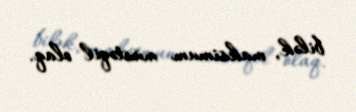
bilək, maksimum müstəqil olaq.